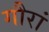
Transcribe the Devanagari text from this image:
गौरां